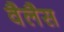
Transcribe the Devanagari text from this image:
वैलैस